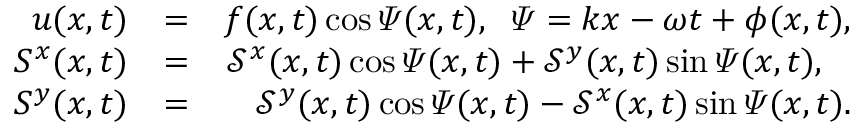
\begin{array} { r l r } { u ( x , t ) } & { = } & { f ( x , t ) \cos \varPsi ( x , t ) , \; \; \varPsi = k x - \omega t + \phi ( x , t ) , } \\ { S ^ { x } ( x , t ) } & { = } & { \mathcal { S } ^ { x } ( x , t ) \cos \varPsi ( x , t ) + \mathcal { S } ^ { y } ( x , t ) \sin \varPsi ( x , t ) , \; \; \; } \\ { S ^ { y } ( x , t ) } & { = } & { \mathcal { S } ^ { y } ( x , t ) \cos \varPsi ( x , t ) - \mathcal { S } ^ { x } ( x , t ) \sin \varPsi ( x , t ) . } \end{array}